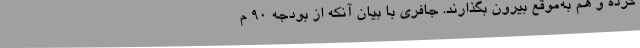
کرده و هم به‌موقع بیرون بگذارند. جافری با بیان آنکه از بودجه 90 م